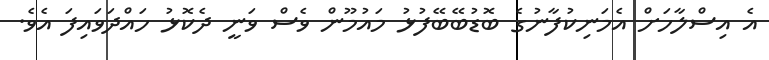
އެ އިސްލާހަށް އެމަނިކުފާނުގެ ބޮޑުބޭބޭފުޅު މައުމޫން ވެސް ވަނީ ދެކޮޅު ހައްދަވައިފަ އެވެ.